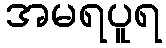
အမရပူရ